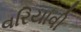
વરિયાવી